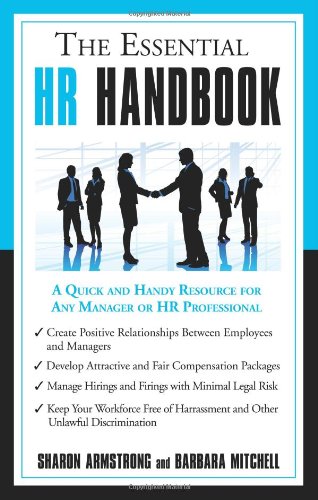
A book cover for The Essential HR Handbook: A Quick and Handy Resource for Any Manager or HR Professional; Sharon Armstrong; Business & Money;